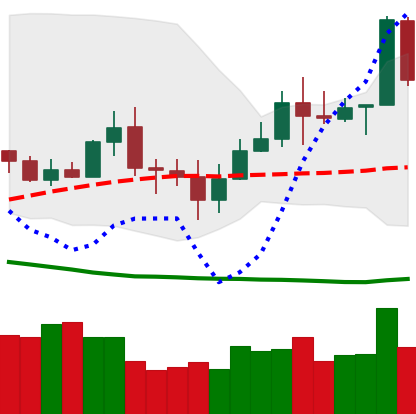
Ticker: TRX-USD
Chart end date: 2020-07-07
Forward return: 5.602%
Label: up_5_7